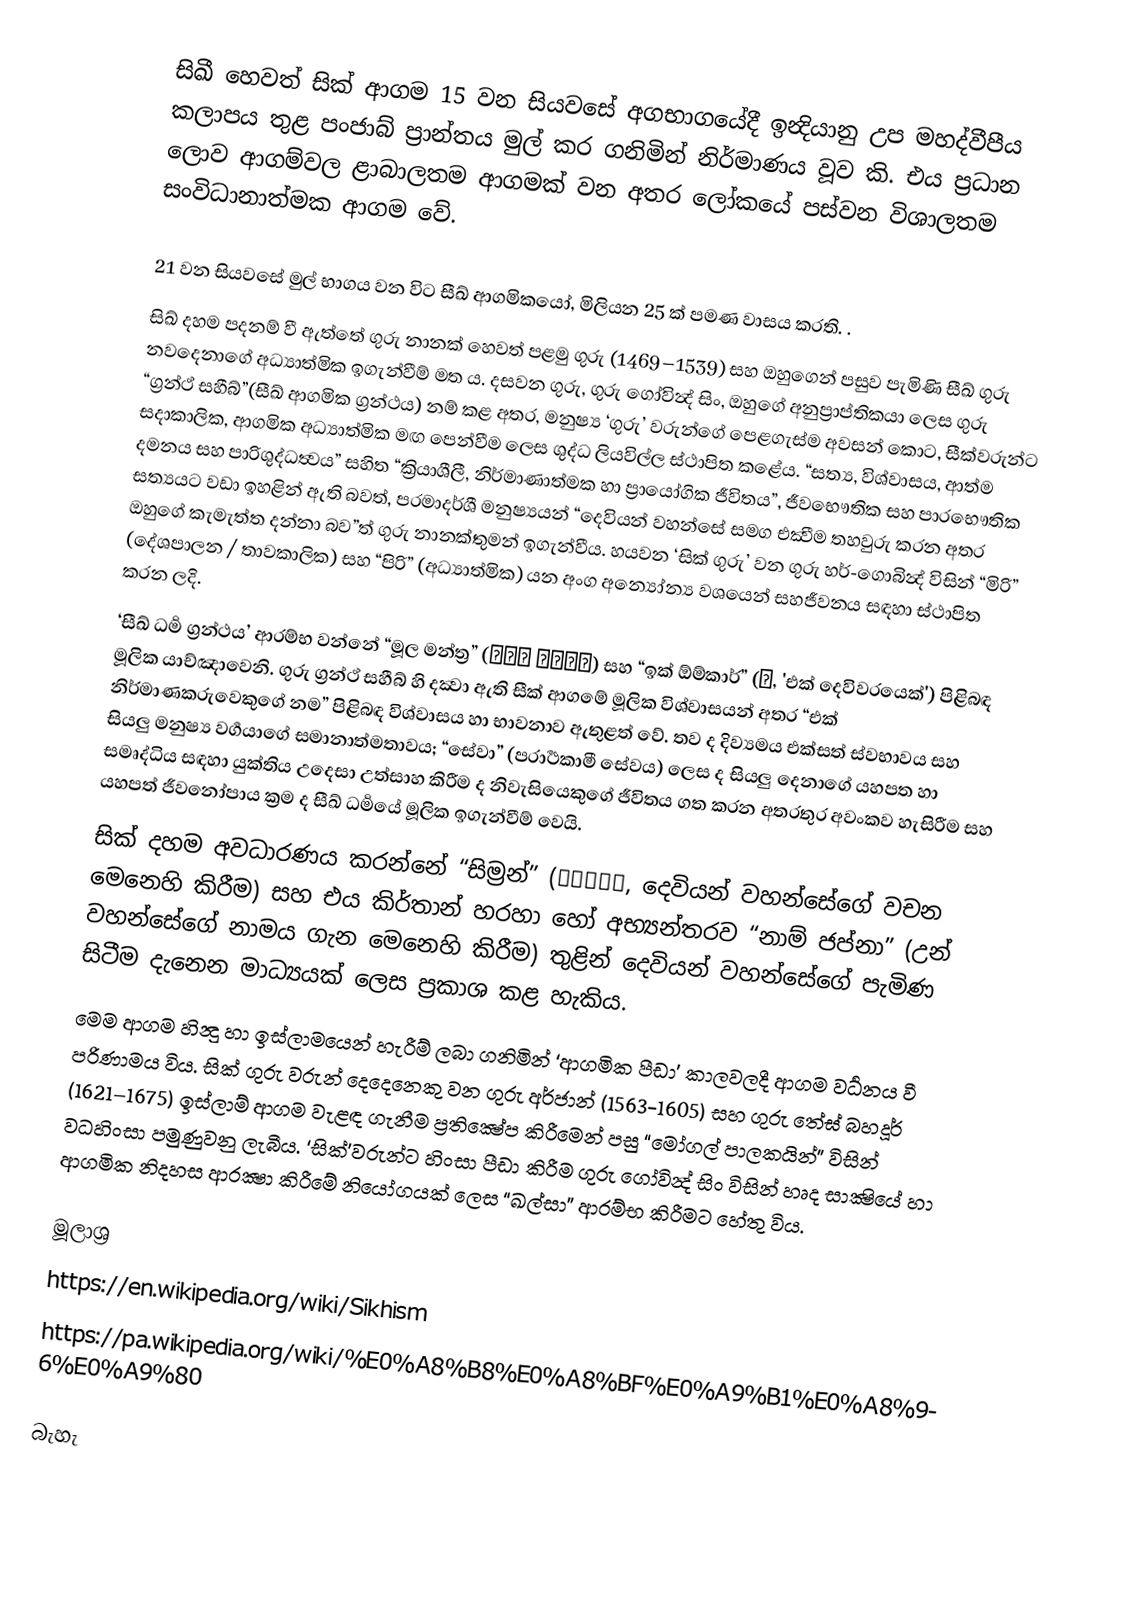
සිඛී හෙවත් සික් ආගම 15 වන සියවසේ අගභාගයේදී ඉන්‍දියානු උප මහද්වීපීය කලාපය තුළ පංජාබ් ප්‍රාන්තය මුල් කර ගනිමින් නිර්මාණය වූව කි.  එය ප්‍රධාන ලොව ආගම්වල ළාබාලතම ආගමක් වන අතර ලෝකයේ පස්වන විශාලතම සංවිධානාත්මක ආගම වේ.

21 වන සියවසේ මුල් භාගය වන විට සීඛ් ආගමිකයෝ, මිලියන 25 ක් පමණ වාසය කරති. .
සිඛ් දහම පදනම් වී ඇත්තේ ගුරු නානක් හෙවත් පළමු ගුරු (1469–1539)  සහ ඔහුගෙන් පසුව පැමිණි සීඛ් ගුරු නවදෙනාගේ අධ්‍යාත්මික ඉගැන්වීම් මත ය. දසවන ගුරු, ගුරු ගෝවින්‍ද් සිං, ඔහුගේ අනුප්‍රාප්තිකයා ලෙස ගුරු “ග්‍රන්ථ් සහීබ්”(සීඛ් ආගමික ග්‍රන්ථය) නම් කළ අතර, මනුෂ්‍ය ‘ගුරු’ වරුන්ගේ පෙළගැස්ම අවසන් කොට, සීක්වරුන්ට සදාකාලික, ආගමික අධ්‍යාත්මික මඟ පෙන්වීම ලෙස ශුද්ධ ලියවිල්ල ස්ථාපිත කළේය. “සත්‍ය, විශ්වාසය, ආත්ම දමනය සහ පාරිශුද්ධත්‍වය” සහිත “ක්‍රියාශීලී, නිර්මාණාත්මක හා ප්‍රායෝගික ජීවිතය”, ජීවභෞතික සහ පාරභෞතික සත්‍යයට වඩා ඉහළින් ඇති බවත්, පරමාදර්ශී මනුෂ්‍යයන් “දෙවියන් වහන්සේ සමග එක්‍වීම තහවුරු කරන අතර ඔහුගේ කැමැත්ත දන්නා බව”ත් ගුරු නානක්තුමන් ඉගැන්වීය.  හයවන ‘සික් ගුරු’ වන ගුරු හර්-ගොබින්‍ද් විසින් “මිරි” (දේශපාලන / තාවකාලික) සහ “පිරි” (අධ්‍යාත්මික) යන අංග අන්‍යෝන්‍ය වශයෙන් සහජීවනය සඳහා ස්ථාපිත කරන ලදි.
‘සීඛ් ධර්‍ම ග්‍රන්ථය’ ආරම්භ වන්නේ “මූල මන්ත්‍ර” (ਮੂਲ ਮੰਤਰ) සහ “ඉක් ඕම්කාර්” (ੴ, 'එක් දෙවිවරයෙක්') පිළිබඳ මූලික යාච්ඤාවෙනි. ගුරු ග්‍රන්ථ් සහීබ් හි දක්‍වා ඇති සීක් ආගමේ මූලික විශ්වාසයන් අතර “එක් නිර්මාණකරුවෙකුගේ නම” පිළිබඳ විශ්වාසය හා භාවනාව ඇතුළත් වේ. තව ද දිව්‍යමය එක්සත් ස්වභාවය සහ සියලු මනුෂ්‍ය වර්‍ගයාගේ සමානාත්මතාවය; “සේවා” (පරාර්‍ථකාමී සේවය) ලෙස ද සියලු දෙනාගේ යහපත හා සමෘද්ධිය සඳහා යුක්තිය උදෙසා උත්සාහ කිරීම ද නිවැසියෙකුගේ ජීවිතය ගත කරන අතරතුර අවංකව හැසිරීම සහ යහපත් ජීවනෝපාය ක්‍රම ද සීඛ් ධර්‍මයේ මූලික ඉගැන්වීම් වෙයි.
සික් දහම අවධාරණය කරන්නේ “සිම්‍රන්” (ਸਿਮਰਨ, දෙවියන් වහන්සේගේ වචන මෙනෙහි කිරීම) සහ එය කිර්තාන් හරහා හෝ අභ්‍යන්තරව “නාම් ජප්නා” (උන් වහන්සේගේ නාමය ගැන මෙනෙහි කිරීම) තුළින් දෙවියන් වහන්සේගේ පැමිණ සිටීම දැනෙන මාධ්‍යයක් ලෙස ප්‍රකාශ කළ හැකිය.
මෙම ආගම හින්‍දු හා ඉස්ලාමයෙන් හැරීම් ලබා ගනිමින් ‘ආගමික පීඩා’ කාලවලදී ආගම වර්‍ධනය වී පරිණාමය විය. සික් ගුරු වරුන් දෙදෙනෙකු වන ගුරු අර්ජාන් (1563-1605) සහ ගුරු තේඝ් බහදූර් (1621–1675) ඉස්ලාම් ආගම වැළඳ ගැනීම ප්‍රතික්‍ෂේප කිරීමෙන් පසු “මෝගල් පාලකයින්” විසින් වධහිංසා පමුණුවනු ලැබීය. ‘සික්’වරුන්ට හිංසා පීඩා කිරීම ගුරු ගෝවින්‍ද් සිං විසින් හෘද සාක්‍ෂියේ හා ආගමික නිදහස ආරක්‍ෂා කිරීමේ නියෝගයක් ලෙස “ඛල්සා” ආරම්භ කිරීමට හේතු විය.

මූලාශ්‍ර
https://en.wikipedia.org/wiki/Sikhism
https://pa.wikipedia.org/wiki/%E0%A8%B8%E0%A8%BF%E0%A9%B1%E0%A8%96%E0%A9%80

බැහැ